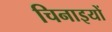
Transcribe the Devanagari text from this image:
चिनाइयों